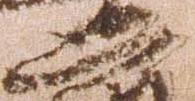
忠